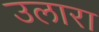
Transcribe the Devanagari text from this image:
उलारा